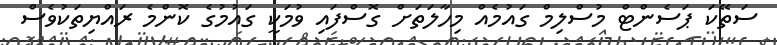
ސަތޭކަ ޕަސެންޓް މުސްލިމް ގައުމެއް މިހާލަތަށް ގޮސްފައި ވުމަކީ ގައުމުގެ ކޮންމެ ރައްޔިތަކުވެސް